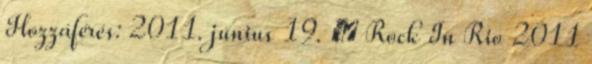
Hozzáférés: 2011. június 19. ↑ Rock In Rio 2011